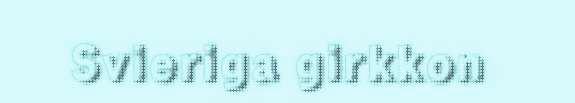
Svieriga girkkon